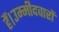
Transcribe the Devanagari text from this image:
हैं।उम्मीदवारों